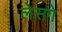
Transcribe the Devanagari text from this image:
लेसगे